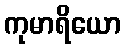
ကုမာရိယော